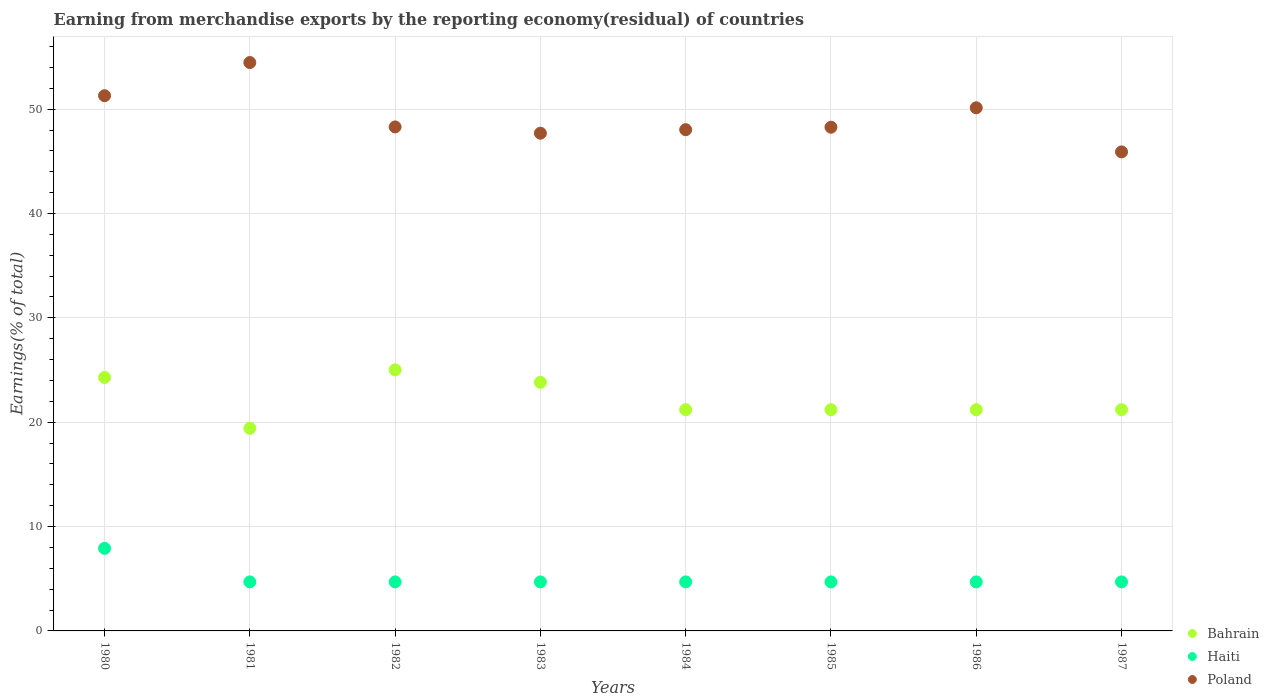
| Years | Bahrain | Haiti | Poland |
 | --- | --- | --- | --- |
 | 1980 | 24.3 | 7.91 | 51.3 |
 | 1981 | 19.4 | 4.7 | 54.5 |
 | 1982 | 25 | 4.7 | 48.3 |
 | 1983 | 23.8 | 4.7 | 47.7 |
 | 1984 | 21.2 | 4.7 | 48 |
 | 1985 | 21.2 | 4.7 | 48.3 |
 | 1986 | 21.2 | 4.7 | 50.1 |
 | 1987 | 21.2 | 4.7 | 45.9 |